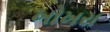
ખોખરા